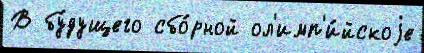
В бу́дущего сбо́рной ол'имп'и́йскоjе